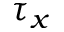
\tau _ { x }